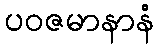
ပဝဇမာနာနံ